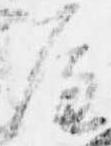
屋